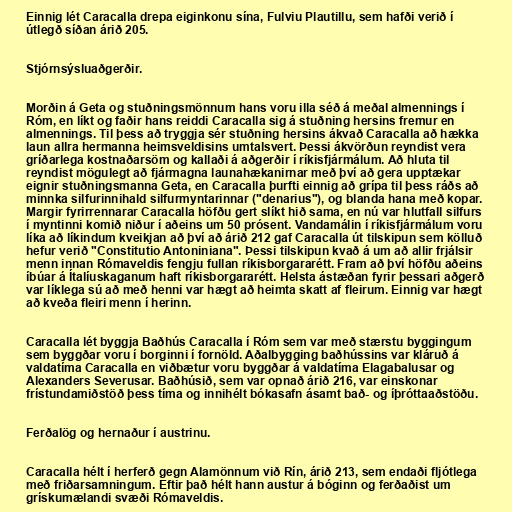
Einnig lét Caracalla drepa eiginkonu sína, Fulviu Plautillu, sem hafði verið í
útlegð síðan árið 205.

Stjórnsýsluaðgerðir.

Morðin á Geta og stuðningsmönnum hans voru illa séð á meðal almennings í
Róm, en líkt og faðir hans reiddi Caracalla sig á stuðning hersins fremur en
almennings. Til þess að tryggja sér stuðning hersins ákvað Caracalla að hækka
laun allra hermanna heimsveldisins umtalsvert. Þessi ákvörðun reyndist vera
gríðarlega kostnaðarsöm og kallaði á aðgerðir í ríkisfjármálum. Að hluta til
reyndist mögulegt að fjármagna launahækanirnar með því að gera upptækar
eignir stuðningsmanna Geta, en Caracalla þurfti einnig að grípa til þess ráðs að
minnka silfurinnihald silfurmyntarinnar ("denarius"), og blanda hana með kopar.
Margir fyrirrennarar Caracalla höfðu gert slíkt hið sama, en nú var hlutfall silfurs
í myntinni komið niður í aðeins um 50 prósent. Vandamálin í ríkisfjármálum voru
líka að líkindum kveikjan að því að árið 212 gaf Caracalla út tilskipun sem kölluð
hefur verið "Constitutio Antoniniana". Þessi tilskipun kvað á um að allir frjálsir
menn innan Rómaveldis fengju fullan ríkisborgararétt. Fram að því höfðu aðeins
íbúar á Ítalíuskaganum haft ríkisborgararétt. Helsta ástæðan fyrir þessari aðgerð
var líklega sú að með henni var hægt að heimta skatt af fleirum. Einnig var hægt
að kveða fleiri menn í herinn.

Caracalla lét byggja Baðhús Caracalla í Róm sem var með stærstu byggingum
sem byggðar voru í borginni í fornöld. Aðalbygging baðhússins var kláruð á
valdatíma Caracalla en viðbætur voru byggðar á valdatíma Elagabalusar og
Alexanders Severusar. Baðhúsið, sem var opnað árið 216, var einskonar
frístundamiðstöð þess tíma og innihélt bókasafn ásamt bað- og íþróttaaðstöðu.

Ferðalög og hernaður í austrinu.

Caracalla hélt í herferð gegn Alamönnum við Rín, árið 213, sem endaði fljótlega
með friðarsamningum. Eftir það hélt hann austur á bóginn og ferðaðist um
grískumælandi svæði Rómaveldis.